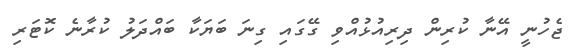
ޖެހުނީ އޭނާ ކުރިން ދިރިއުޅުއްވި ގޭގައި ގިނަ ބަޔަކާ ބައްދަލު ކުރާނެ ކޮޓަރި